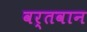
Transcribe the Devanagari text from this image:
वर्तवान